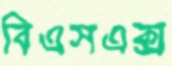
বিএসএক্স